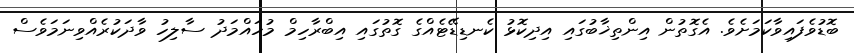
ބޮޑުވެފައިވާކަމަށެވެ. އެގޮތުން އިންތިޚާބުގައި އިދިކޮޅު ކެނޑިޑޭޓެއްގެ ގޮތުގައި އިބްރާހިމް މުހައްމަދު ސާލިހު ވާދަކުރެއްވިނަމަވެސް